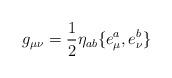
LaTeX: \begin{align*}g_{\mu\nu} = \frac 12 \eta_{ab} \{e^a_{\mu}, e^b_{\nu}\}\end{align*}